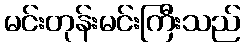
မင်းတုန်းမင်းကြီးသည်